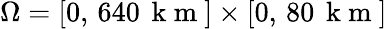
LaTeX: \Omega=[0,\, 640\, \mathrm{~k~m~}]\times[0,\, 80\, \mathrm{~k~m~}]